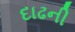
દાઢની